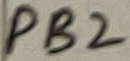
Text: PB2